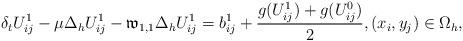
LaTeX: \begin{align*} \delta_{t}U^{1}_{ij}-\mu\Delta_{h} U^{1}_{ij}- \mathfrak{w}_{1,1}\Delta_{h} U^{1}_{ij} =b^{1}_{ij}+\frac{g(U^1_{ij})+g(U^{0}_{ij})}{2},(x_i,y_j)\in\Omega_{h}, \end{align*}